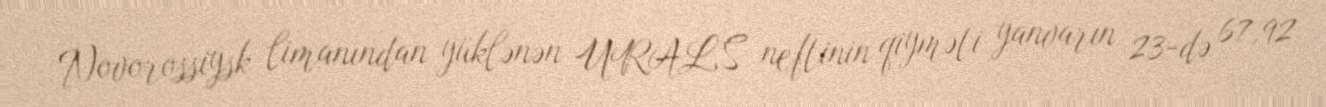
Novorossiysk limanından yüklənən URALS neftinin qiyməti yanvarın 23-də 67,92